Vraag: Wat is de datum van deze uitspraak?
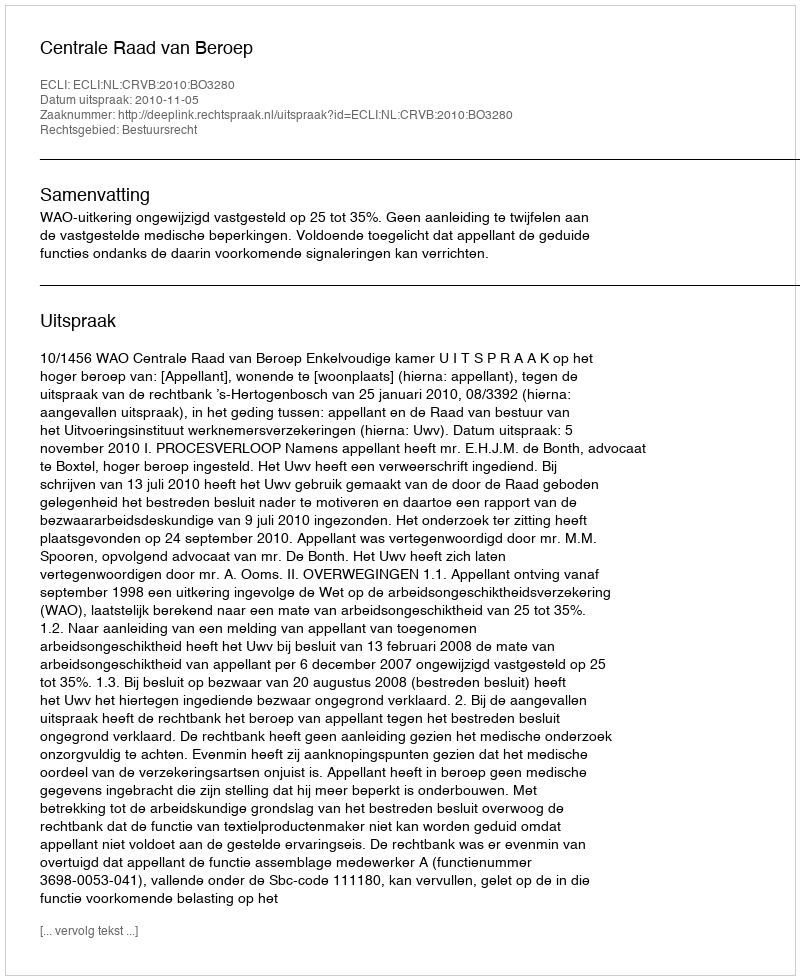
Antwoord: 2010-11-05